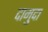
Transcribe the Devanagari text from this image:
दामुदा